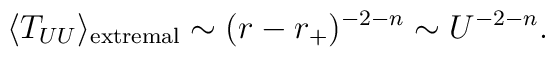
\langle T_{UU} \rangle_{\rm extremal}\sim (r-r_+)^{-2-n} \sim U^{-2-n}.